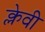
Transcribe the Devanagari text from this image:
क्लेवी